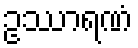
ဥဿာရဏံ